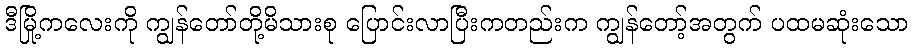
ဒီမြို့ကလေးကို ကျွန်တော်တို့မိသားစု ပြောင်းလာပြီးကတည်းက ကျွန်တော့်အတွက် ပထမဆုံးသော